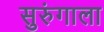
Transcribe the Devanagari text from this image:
सुरुंगाला